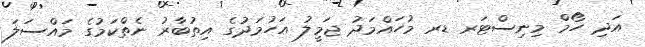
އަދި ހޯމް މިނިސްޓަރ ޑރ މުހައްމަދު ޖަމީލު އަހުމަދުގެ އިތުބާރު ނެތްކަމުގެ މައްސަލަ